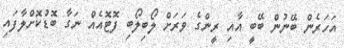
އަހަރެން ބޭނުން ބޭބީ އާއި ރީންގެ ވަރަށް ލޯބިލޯބި ފޮޓޮއެއް ނަގާ ބޮޑުކޮށްލާފައި